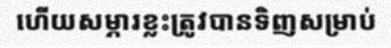
ហើយសម្ភារខ្លះត្រូវបានទិញសម្រាប់